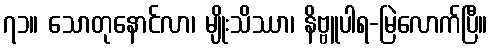
၇၁။ သောတုနောင်လာ၊ မျိုးသိဿာ၊ နိဗ္ဗူပါရ-မြဲလောက်ပြီ။